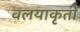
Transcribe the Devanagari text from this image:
वलयाकृती